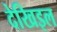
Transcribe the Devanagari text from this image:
देखिइल